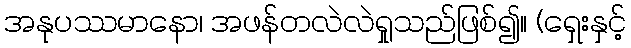
အနုပဿမာနော၊ အဖန်တလဲလဲရှုသည်ဖြစ်၍။ (ရှေးနှင့်